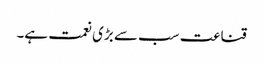
قناعت سب سے بڑی نعمت ہے۔